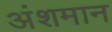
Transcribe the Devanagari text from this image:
अंशमान